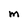
Character: M